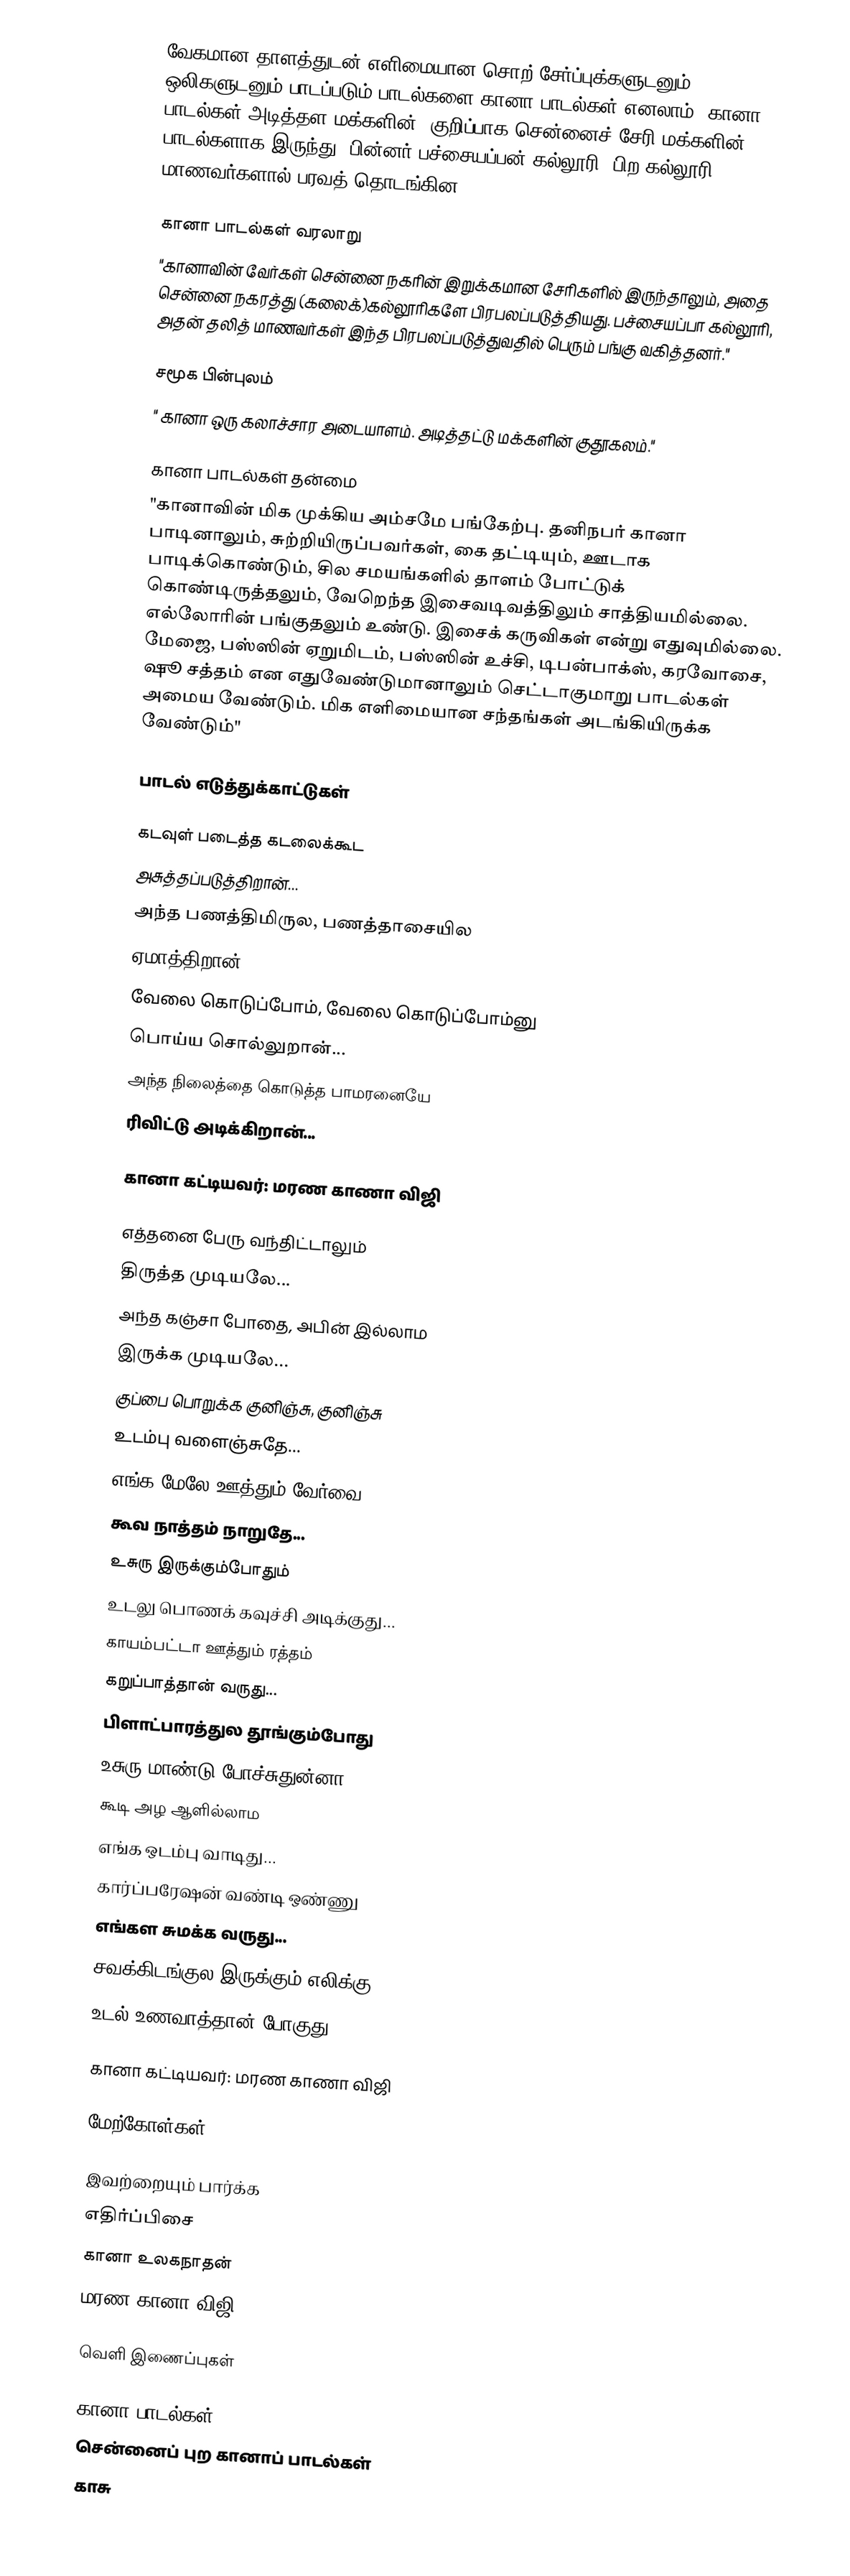
வேகமான தாளத்துடன் எளிமையான சொற் சேர்ப்புக்களுடனும் ஒலிகளுடனும் பாடப்படும் பாடல்களை கானா பாடல்கள் எனலாம். கானா பாடல்கள் அடித்தள மக்களின், குறிப்பாக சென்னைச் சேரி மக்களின் பாடல்களாக இருந்து, பின்னர் பச்சையப்பன் கல்லூரி, பிற கல்லூரி மாணவர்களால் பரவத் தொடங்கின.

கானா பாடல்கள் வரலாறு
"கானாவின் வேர்கள் சென்னை நகரின் இறுக்கமான சேரிகளில் இருந்தாலும், அதை சென்னை நகரத்து (கலைக்)கல்லூரிகளே பிரபலப்படுத்தியது. பச்சையப்பா கல்லூரி, அதன் தலித் மாணவர்கள் இந்த பிரபலப்படுத்துவதில் பெரும் பங்கு வகித்தனர்."

சமூக பின்புலம்
" கானா ஒரு கலாச்சார அடையாளம். அடித்தட்டு மக்களின் குதூகலம்."

கானா பாடல்கள் தன்மை
"கானாவின் மிக முக்கிய அம்சமே பங்கேற்பு. தனிநபர் கானா பாடினாலும், சுற்றியிருப்பவர்கள், கை தட்டியும், ஊடாக பாடிக்கொண்டும், சில சமயங்களில் தாளம் போட்டுக் கொண்டிருத்தலும், வேறெந்த இசைவடிவத்திலும் சாத்தியமில்லை. எல்லோரின் பங்குதலும் உண்டு. இசைக் கருவிகள் என்று எதுவுமில்லை. மேஜை, பஸ்ஸின் ஏறுமிடம், பஸ்ஸின் உச்சி, டிபன்பாக்ஸ், கரவோசை, ஷூ சத்தம் என எதுவேண்டுமானாலும் செட்டாகுமாறு பாடல்கள் அமைய வேண்டும். மிக எளிமையான சந்தங்கள் அடங்கியிருக்க வேண்டும்"

பாடல் எடுத்துக்காட்டுகள்

 கடவுள் படைத்த கடலைக்கூட
 அசுத்தப்படுத்திறான்...
 அந்த பணத்திமிருல, பணத்தாசையில
 ஏமாத்திறான்...
 வேலை கொடுப்போம், வேலை கொடுப்போம்னு
 பொய்ய சொல்லுறான்...
 அந்த நிலைத்தை கொடுத்த பாமரனையே
 ரிவிட்டு அடிக்கிறான்...

கானா கட்டியவர்: மரண காணா விஜி

 எத்தனை பேரு வந்திட்டாலும்
 திருத்த முடியலே...
 அந்த கஞ்சா போதை, அபின் இல்லாம
 இருக்க முடியலே...
 குப்பை பொறுக்க குனிஞ்சு, குனிஞ்சு
 உடம்பு வளைஞ்சுதே...
 எங்க மேலே ஊத்தும் வேர்வை
 கூவ நாத்தம் நாறுதே...
 உசுரு இருக்கும்போதும்
 உடலு பொணக் கவுச்சி அடிக்குது...
 காயம்பட்டா ஊத்தும் ரத்தம்
 கறுப்பாத்தான் வருது...
 பிளாட்பாரத்துல தூங்கும்போது
 உசுரு மாண்டு போச்சுதுன்னா
 கூடி அழ ஆளில்லாம
 எங்க ஒடம்பு வாடிது...
 கார்ப்பரேஷன் வண்டி ஒண்ணு
 எங்கள சுமக்க வருது...
 சவக்கிடங்குல இருக்கும் எலிக்கு
 உடல் உணவாத்தான் போகுது...

கானா கட்டியவர்: மரண காணா விஜி

மேற்கோள்கள்

இவற்றையும் பார்க்க
 எதிர்ப்பிசை
 கானா உலகநாதன்
  மரண கானா விஜி

வெளி இணைப்புகள்

கானா பாடல்கள்
 சென்னைப் புற கானாப் பாடல்கள்
 காசு